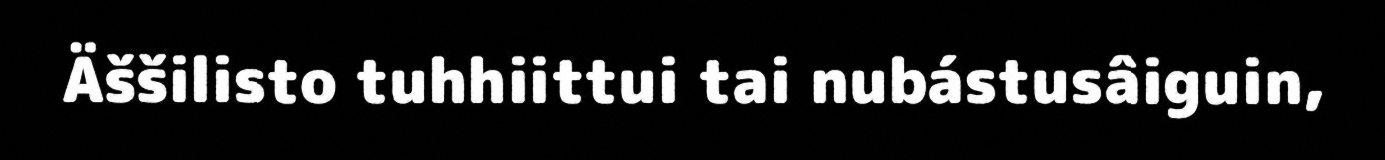
Äššilisto tuhhiittui tai nubástusâiguin,